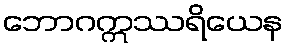
ဘောဂဣဿရိယေန